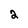
Character: 2